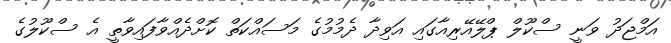
އަމްޖަދު ވަނީ ސްކޫލް ޕްލޭއޭރިއާގައި އަވިދާ ދެމުމުގެ މަސައްކަތް ކޮށްދެއްވާފައިވާތީ އެ ސްކޫލުގެ